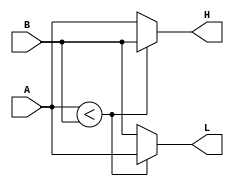


module comparator#(parameter WIDTH = 8)
(
	input [WIDTH-1:0]A, 
	input	[WIDTH-1:0]B,
	output reg [WIDTH-1:0]L,
	output reg [WIDTH-1:0] H
);

always@(*)
	begin
		if(A < B)
			begin 
				L <= A; 
				H <= B;
			end
		else 
			begin 
				L <= B; 
				H <= A; 
			end
	end
endmodule